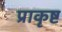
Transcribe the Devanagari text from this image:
प्राकृष्ट